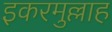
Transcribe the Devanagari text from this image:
इकरमुल्लाह